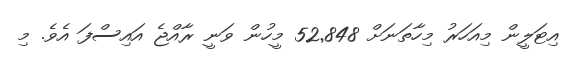
އިޓަލީން މިއަހަރު މިހާތަނަށް 52